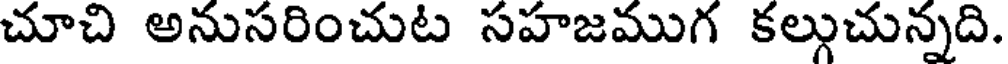
చూచి అనుసరించుట సహజముగ కల్గుచున్నది.